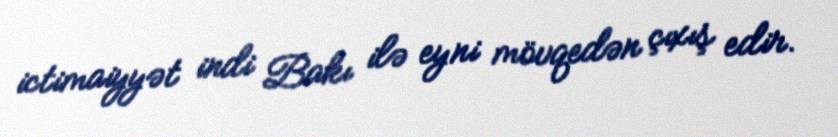
ictimaiyyət indi Bakı ilə eyni mövqedən çıxış edir.